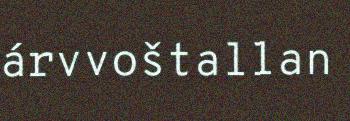
árvvoštallan